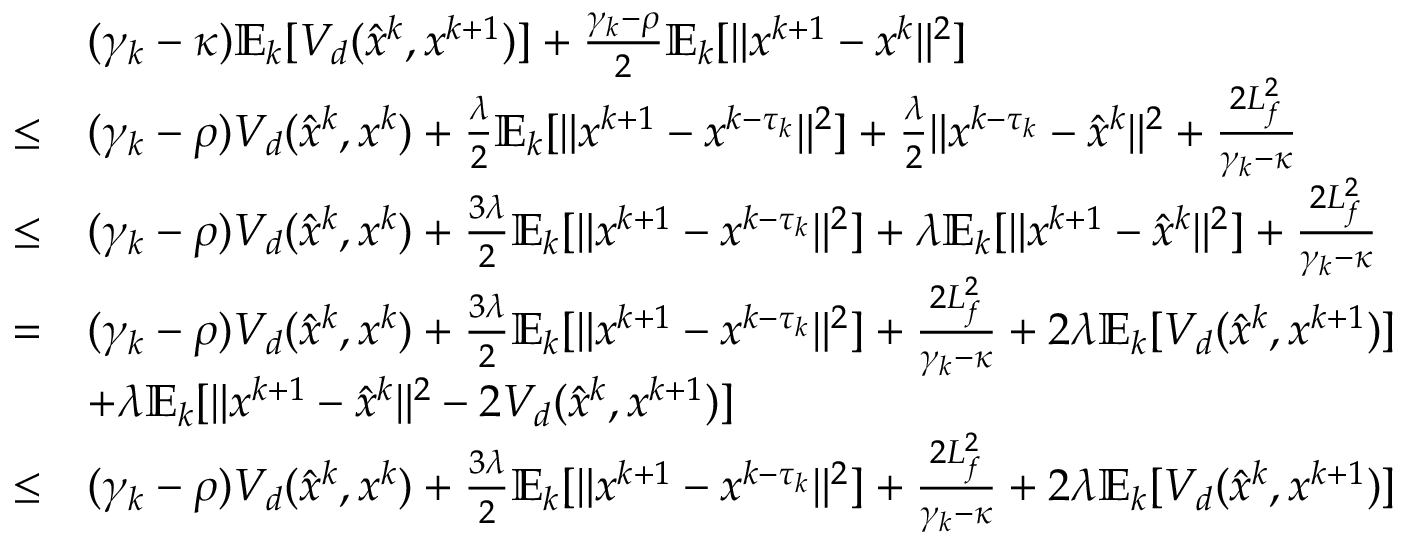
\begin{array} { r l } & { ( \gamma _ { k } - \kappa ) \mathbb { E } _ { k } [ V _ { d } ( \hat { x } ^ { k } , x ^ { k + 1 } ) ] + \frac { \gamma _ { k } - \rho } { 2 } \mathbb { E } _ { k } [ \| x ^ { k + 1 } - x ^ { k } \| ^ { 2 } ] } \\ { \leq } & { ( \gamma _ { k } - \rho ) V _ { d } ( \hat { x } ^ { k } , x ^ { k } ) + \frac { \lambda } { 2 } \mathbb { E } _ { k } [ \| x ^ { k + 1 } - x ^ { k - \tau _ { k } } \| ^ { 2 } ] + \frac { \lambda } { 2 } \| x ^ { k - \tau _ { k } } - \hat { x } ^ { k } \| ^ { 2 } + \frac { 2 L _ { f } ^ { 2 } } { \gamma _ { k } - \kappa } } \\ { \leq } & { ( \gamma _ { k } - \rho ) V _ { d } ( \hat { x } ^ { k } , x ^ { k } ) + \frac { 3 \lambda } { 2 } \mathbb { E } _ { k } [ \| x ^ { k + 1 } - x ^ { k - \tau _ { k } } \| ^ { 2 } ] + \lambda \mathbb { E } _ { k } [ \| x ^ { k + 1 } - \hat { x } ^ { k } \| ^ { 2 } ] + \frac { 2 L _ { f } ^ { 2 } } { \gamma _ { k } - \kappa } } \\ { = } & { ( \gamma _ { k } - \rho ) V _ { d } ( \hat { x } ^ { k } , x ^ { k } ) + \frac { 3 \lambda } { 2 } \mathbb { E } _ { k } [ \| x ^ { k + 1 } - x ^ { k - \tau _ { k } } \| ^ { 2 } ] + \frac { 2 L _ { f } ^ { 2 } } { \gamma _ { k } - \kappa } + 2 \lambda \mathbb { E } _ { k } [ V _ { d } ( \hat { x } ^ { k } , x ^ { k + 1 } ) ] } \\ & { + \lambda \mathbb { E } _ { k } [ \| x ^ { k + 1 } - \hat { x } ^ { k } \| ^ { 2 } - 2 V _ { d } ( \hat { x } ^ { k } , x ^ { k + 1 } ) ] } \\ { \leq } & { ( \gamma _ { k } - \rho ) V _ { d } ( \hat { x } ^ { k } , x ^ { k } ) + \frac { 3 \lambda } { 2 } \mathbb { E } _ { k } [ \| x ^ { k + 1 } - x ^ { k - \tau _ { k } } \| ^ { 2 } ] + \frac { 2 L _ { f } ^ { 2 } } { \gamma _ { k } - \kappa } + 2 \lambda \mathbb { E } _ { k } [ V _ { d } ( \hat { x } ^ { k } , x ^ { k + 1 } ) ] } \end{array}